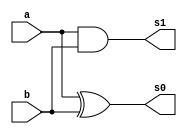
module halfAdder(output s0,output s1,input a,input b);
	xor xor1(s0,a,b);
	and and1(s1,a,b);
endmodule //halfAdder

module fullAdder(output s,output carryOut,input a,input b,input carryIn);
	wire w0,w1,w2;
	halfAdder hf1(w0,w1,a,b);
	halfAdder hf2(s,w2,w0,carryIn);
	or or1(carryOut,w2,w1);
endmodule //fullAdder

module fullAdder3bits(output [2:0]s,input [2:0]a, input[2:0]b, input carryIn);
	wire [2:0]carryOut;
	fullAdder fa1(s[0],carryOut[0],a[0],b[0],carryIn);
	fullAdder fa2(s[1],carryOut[1],a[1],b[1],carryOut[0]);
	fullAdder fa3(s[2],carryOut[2],a[2],b[2],carryOut[1]);
endmodule //fullAdder3bits